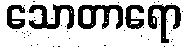
သောတာရော